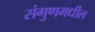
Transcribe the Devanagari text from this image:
संगुणमधील